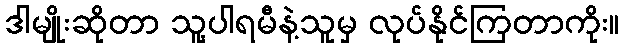
ဒါမျိုးဆိုတာ သူ့ပါရမီနဲ့သူမှ လုပ်နိုင်ကြတာကိုး။